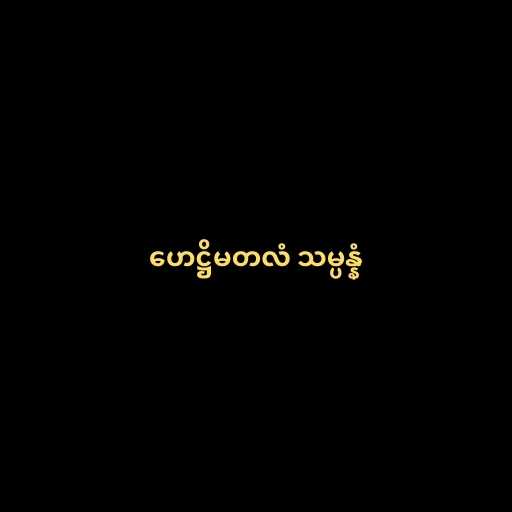
ဟေဋ္ဌိမတလံ သမ္ပန္နံ